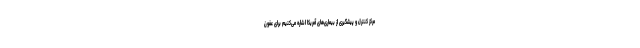
مرکز کنترل و پیشگیری از بیماری‌های آمریکا اشاره می‌کنیم برای عفون